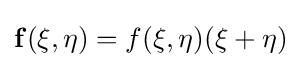
{\bf {f}}(\xi ,\eta )=f(\xi ,\eta )(\xi +\eta )